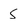
Character: 5